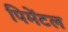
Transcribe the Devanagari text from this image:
पिमेंटल